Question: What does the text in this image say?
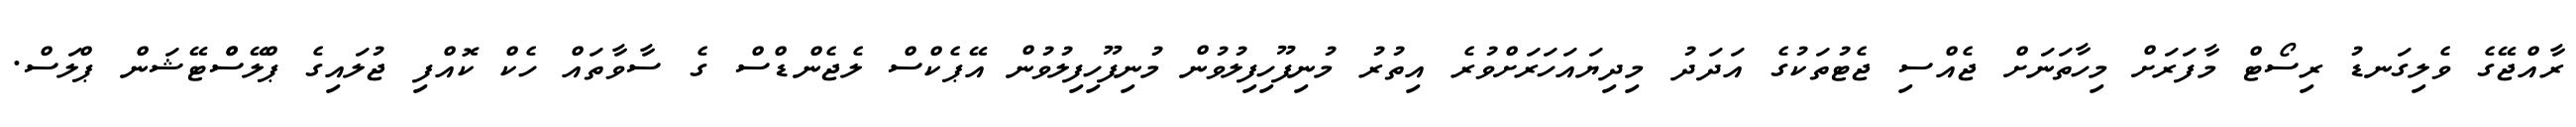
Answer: ރާއްޖޭގެ ވެލިގަނޑު ރިސޯޓް މާފަރަށް މިހާތަނަށް ޖެއްސި ޖެޓުތަކުގެ އަދަދު މިދިޔައަހަރަށްވުރެ އިތުރު މުނިފޫހިފިލުވުން މުނިފޫހިފިލުވުން އޭޕެކްސް ލެޖެންޑްސް ގެ ސާވާތައް ހެކް ކޮއްފި ޖުލައިގެ ޕްލޭސްްޓޭޝަން ޕްލަސް.